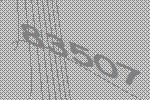
83507